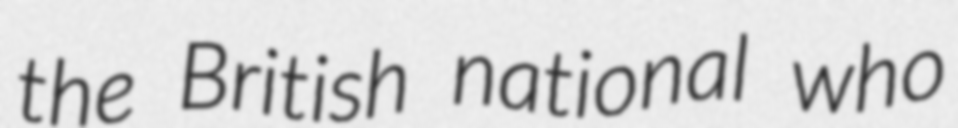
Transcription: the British national who